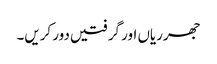
جھرریاں اور گرفتیں دور کریں۔